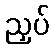
ညှပ်